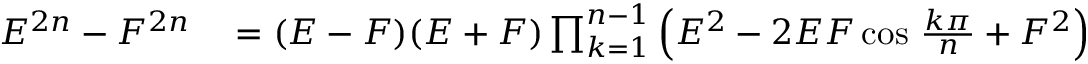
\begin{array} { r l } { E ^ { 2 n } - F ^ { 2 n } } & { { } = ( E - F ) ( E + F ) \prod _ { k = 1 } ^ { n - 1 } \left( E ^ { 2 } - 2 E F \cos \, { \frac { k \pi } { n } } + F ^ { 2 } \right) } \end{array}